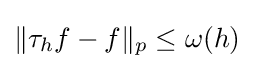
\|\tau _{h}f-f\|_{p}\leq \omega (h)